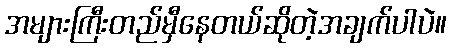
အများကြီးတည်မှီနေတယ်ဆိုတဲ့အချက်ပါပဲ။